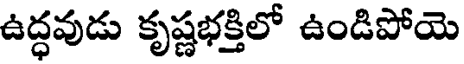
ఉద్ధవుడు కృష్ణభక్తిలో ఉండిపోయె